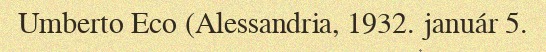
Umberto Eco (Alessandria, 1932. január 5.